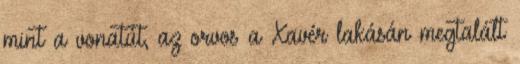
mint a vonatút, az orvos a Xavér lakásán megtalált